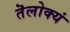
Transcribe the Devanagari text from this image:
तॆलोक्यं